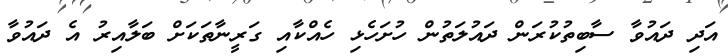
އަދި ދައުވާ ސާބިތުކުރަން ދައުލަތުން ހުށަހެޅި ހެއްކާއި ގަރީނާތަކަށް ބަލާއިރު އެ ދައުވާ